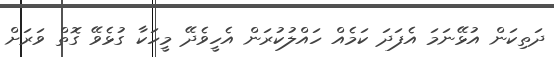
ދަތިކަން އުޅޭނަމަ އެފަދަ ކަމެއް ހައްލުކުރަން އެހީވެދޭ މީހަކާ ގުޅެވޭ ގޮތް ވަރަށް